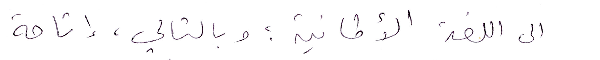
الى اللغة الألمانية؛ وبالتالي إتاحة